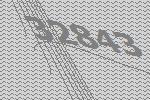
32843